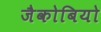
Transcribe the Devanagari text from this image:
जैकोबियो